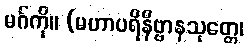
မဂ်ကို။ (မဟာပရိနိဗ္ဗာနသုတ္တေ၊